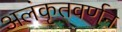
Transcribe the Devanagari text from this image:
अलंकृतवर्णन